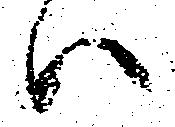
ハ